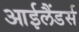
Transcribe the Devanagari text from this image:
आईलैंडर्स